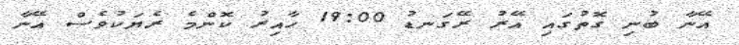
އޭނާ ބުނި ގޮތުގައި އޭރު ރޭގަނޑު 19:00 ހާއިރު ކޮންމެ ރެޔަކުވެސް އޭނާ